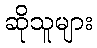
ဆိုသူများ